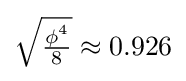
{\sqrt {\tfrac {\phi ^{4}}{8}}}\approx 0.926